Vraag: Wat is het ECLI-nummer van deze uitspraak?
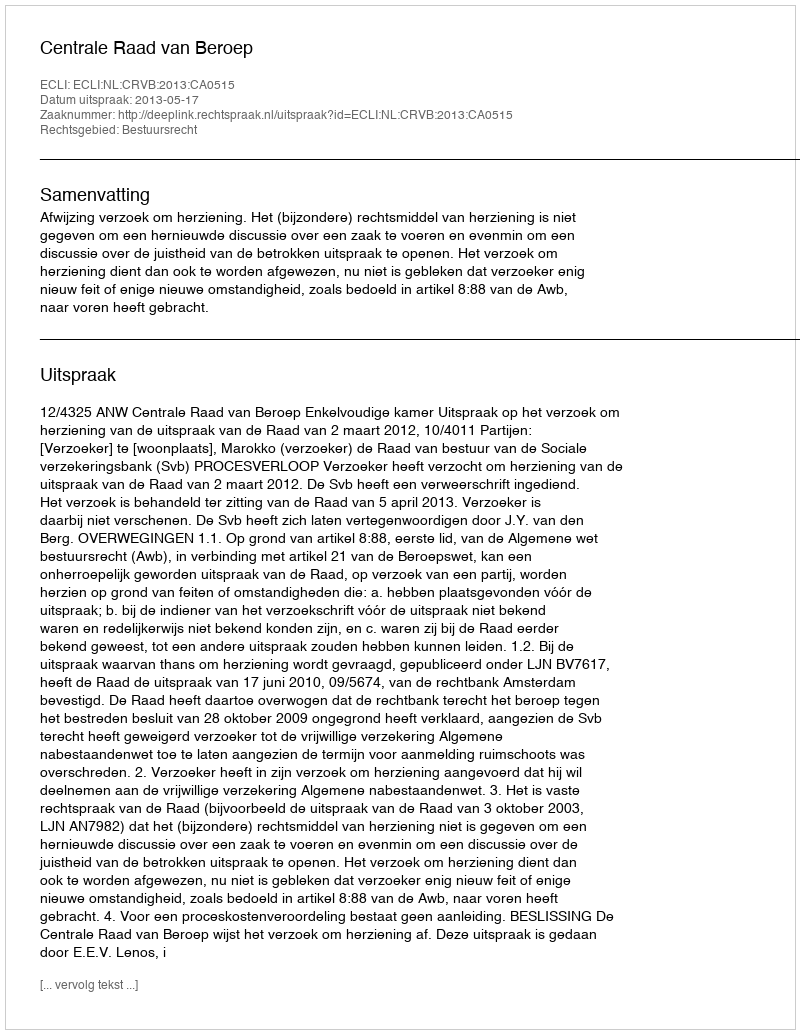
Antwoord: ECLI:NL:CRVB:2013:CA0515